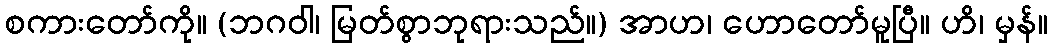
စကားတော်ကို။ (ဘဂဝါ၊ မြတ်စွာဘုရားသည်။) အာဟ၊ ဟောတော်မူပြီ။ ဟိ၊ မှန်။